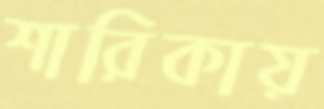
শারিকায়